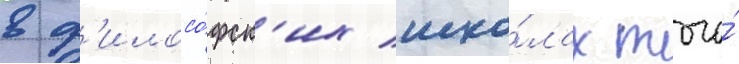
в ф'илосо́фск'их шко́лах того́